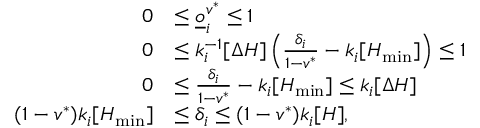
\begin{array} { r l } { 0 } & { \leq \underline { o } _ { i } ^ { v ^ { * } } \leq 1 } \\ { 0 } & { \leq k _ { i } ^ { - 1 } [ \Delta H ] \left( \frac { \delta _ { i } } { 1 - v ^ { * } } - k _ { i } [ H _ { \operatorname* { m i n } } ] \right) \leq 1 } \\ { 0 } & { \leq \frac { \delta _ { i } } { 1 - v ^ { * } } - k _ { i } [ H _ { \operatorname* { m i n } } ] \leq k _ { i } [ \Delta H ] } \\ { ( 1 - v ^ { * } ) k _ { i } [ H _ { \operatorname* { m i n } } ] } & { \leq \delta _ { i } \leq ( 1 - v ^ { * } ) k _ { i } [ H ] , } \end{array}